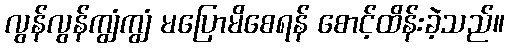
လွန်လွန်ကျွံကျွံ မပြောမိစေရန် စောင့်ထိန်းခဲ့သည်။